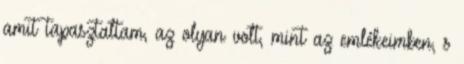
amit tapasztaltam, az olyan volt, mint az emlékeimben, s